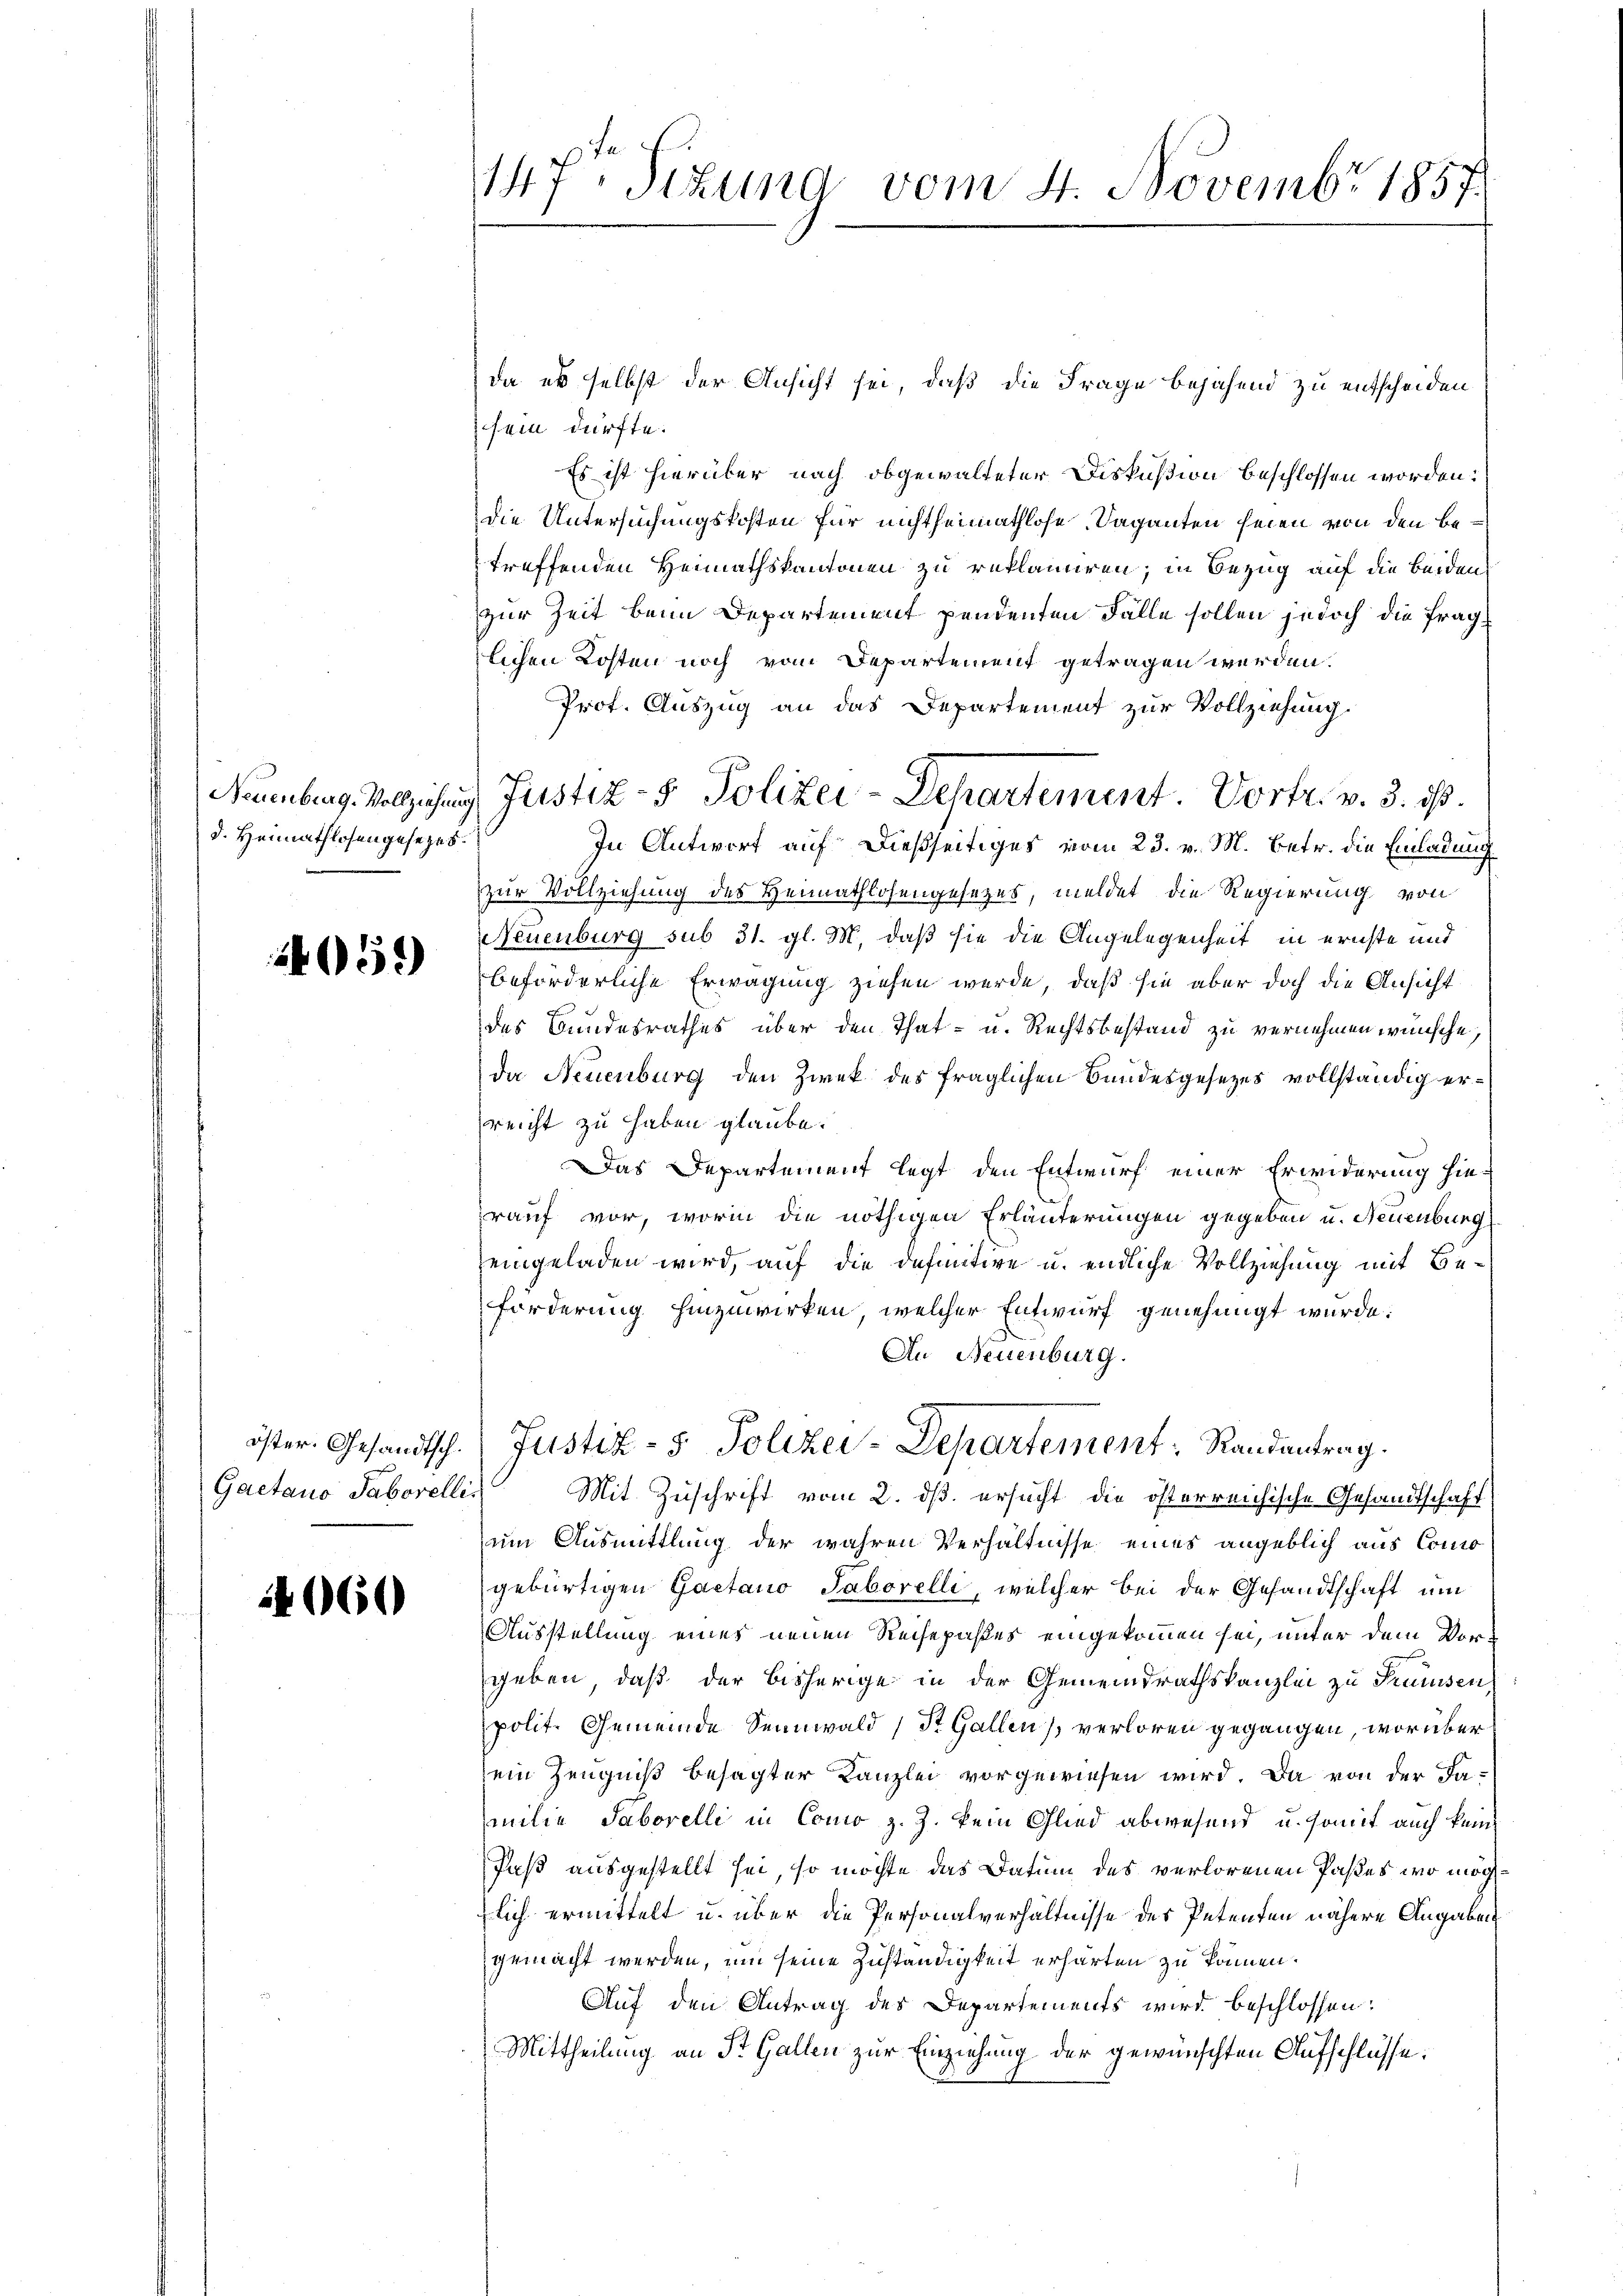
d. Heimathlosengesezes.

55)

öster. Gesandtsch.
Gaetano Saborellis

4060

147. Sizung vom 4. Novembr 1857

da es selbst der Ansicht sei, daß die Frage bejahend zu entscheiden
sein dürfte.
Es ist hierüber nach obgewalteter Diskußion beschlossen worden:
die Untersuchungskosten für nichtheimathlose Saganten seien von den betreffenden Heimathskantonen zu reklamiren; in Bezug auf die beiden
zur Zeit beim Departement pendenten Fälle sollen jedoch die fraglichen Kosten noch vom Departement getragen werden.
Prof. Auszug an das Departement zur Vollziehung.
In Antwort auf dießseitiges vom 23. v. M. betr. die Einladung
zur Vollziehung des Heimathlosengesetzes, meldet die Regierung von
Neuenburg sub 31. gl. M. daß sie die Angelegenheit in ernste und
beförderliche Erwägung ziehen werde, daß sie aber doch die Ansicht
des Bundesrathes über den That- u. Rechtsbestand zu vernehmen wünsche,
da Neuenburg den Zwek des fraglichen Bundesgesetzes vollständig erreicht zu haben glaube.
Das Departement legt den Entwurf einer Erwiderung hierauf vor, worin die nöthigen Erläuterungen gegeben u. Neuenburg
zeingeladen wird, auf die definitive u. endliche Vollziehung mit Beforderung hinzuwirken, welcher Entwurf genehmigt wurde.
Au Neuenburg.
Justiz- & Polizei-Departement: Randantrag.
Mit Zuschrift vom 2. ds. ersucht die österreichische Gesandtschaft
um Ausmittlung der wahren Verhältnisse eines angeblich aus Comogebürtigen Gaetano Saborelli, welcher bei der Gesandtschaft um
Ausstellung eines neuen Reisepaßes eingekommen sei, unter dem Vorgeben, daß der bisherige in der Gemeindrathskanzlei zu Preussen
polit. Gemeinde Sennwald (St. Gallen verloren gegangen, worüber
sein Zeugniß besagter Kanzlei vorgewiesen wird. Da von der Familie Saborelli in Como z. Z. kein Glied abwesend u. somit auch kein
Paß ausgestellt sei, so möchte das Datum des verlorenen Pastes wo möglich ermittelt u. über die Personalverhältnisse des Petenten nähere Angaben
gemacht werden, um seine Zuständigkeit erharten zu können.
Auf den Antrag des Departements wird beschlossen:
Mittheilung an St. Gallen zur Einziehung der gewünschten Aufschlüsse.

Naumburg. Vollziehung Justiz- & Polizei-Departement. Vortr. v. 3. ist.